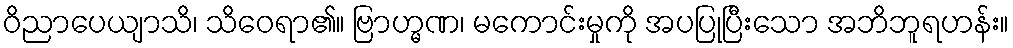
ဝိညာပေယျာသိ၊ သိဝေရာ၏။ ဗြာဟ္မဏ၊ မကောင်းမှုကို အပပြုပြီးသော အဘိဘူရဟန်း။